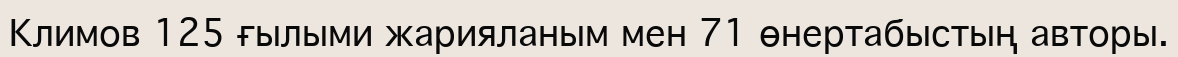
Климов 125 ғылыми жарияланым мен 71 өнертабыстың авторы.